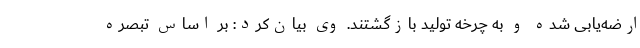
ارضه‌یابی شده و به چرخه تولید بازگشتند. وی بیان‌کرد: بر اساس تبصره